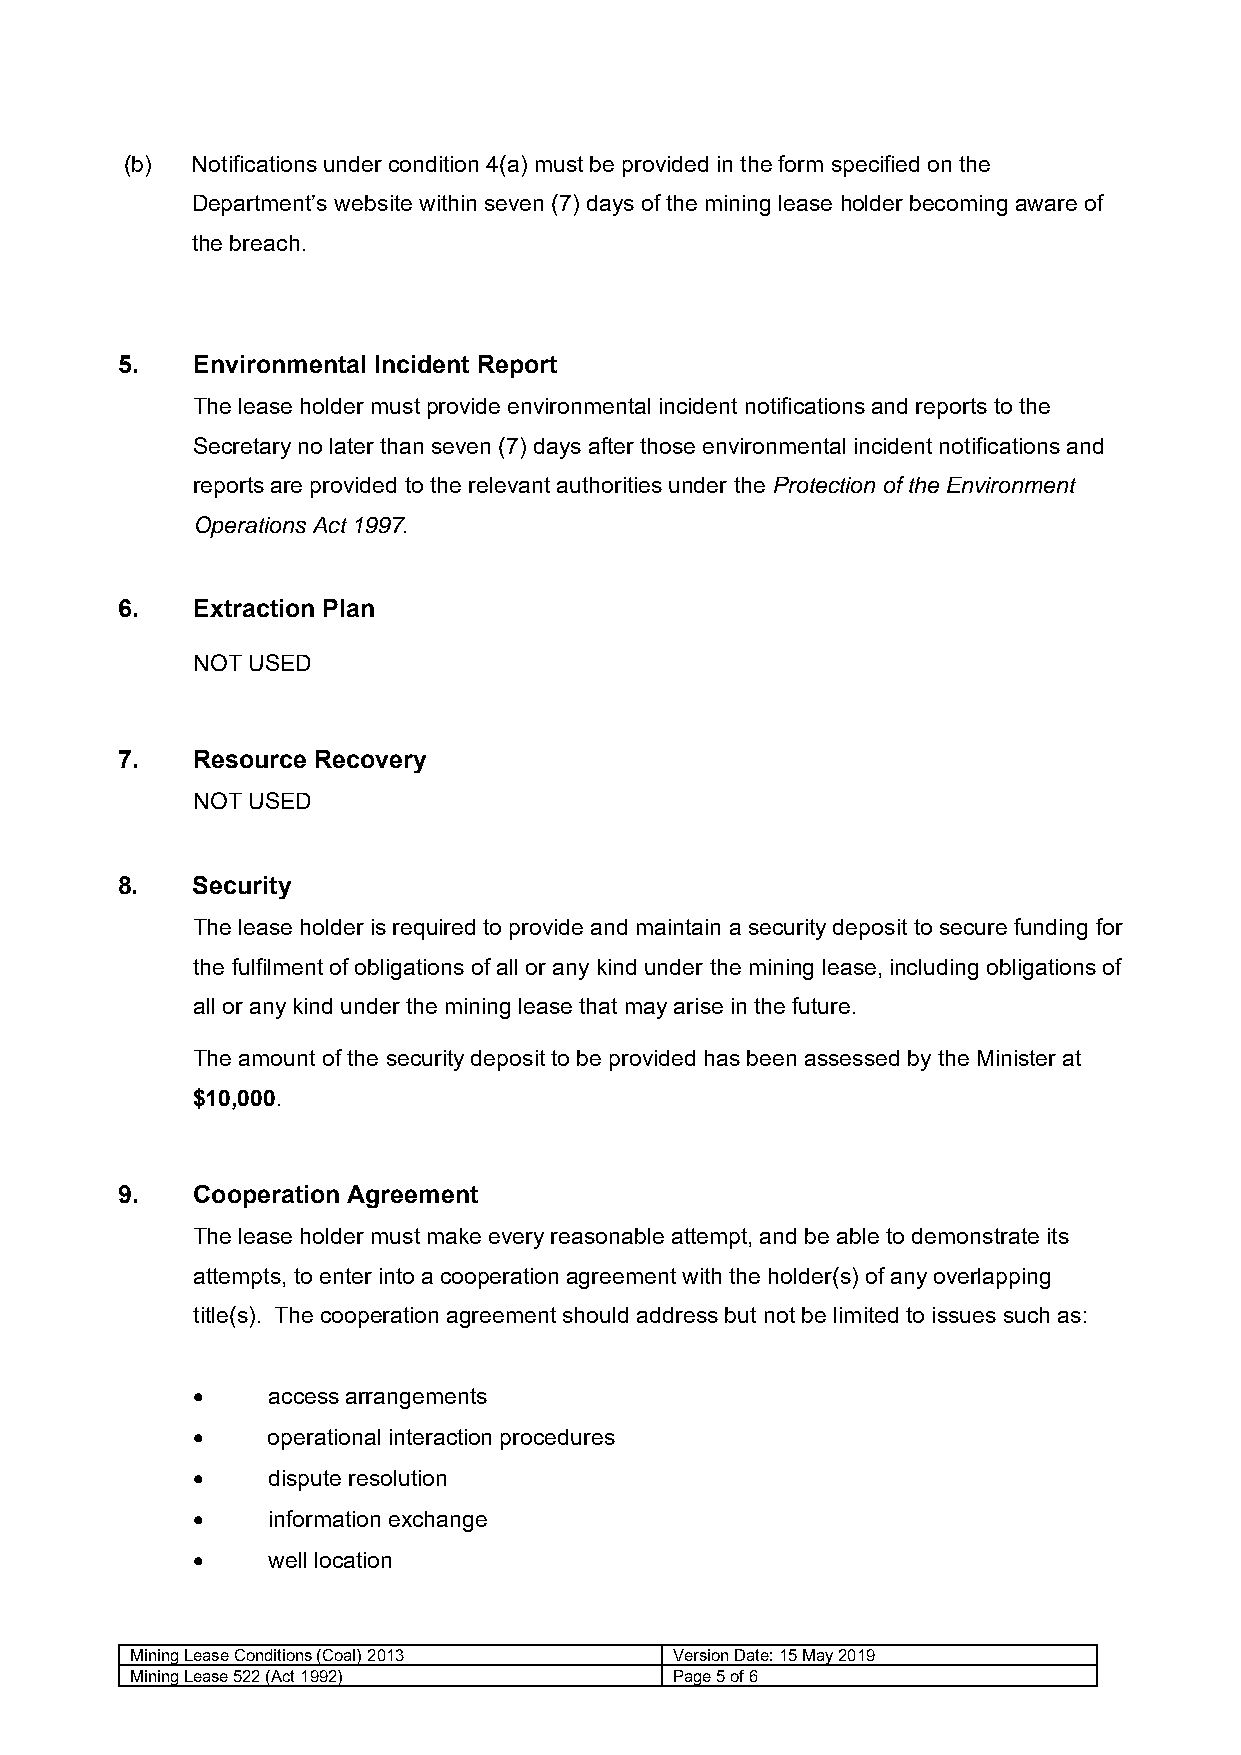
(b)  Notifications under condition 4(a) must be provided in the form specified on the
 Department’s website within seven (7) days of the mining lease holder becoming aware of
 the breach.
 5.   Environmental Incident Report
 The lease holder must provide environmental incident notifications and reports to the
 Secretary no later than seven (7) days after those environmental incident notifications and
 reports are provided to the relevant authorities under the Protection of the Environment
 Operations Act 1997.
 6.   Extraction Plan
 NOT USED
 7.   Resource Recovery
 NOT USED
 8.   Security
 The lease holder is required to provide and maintain a security deposit to secure funding for
 the fulfilment of obligations of all or any kind under the mining lease, including obligations of
 all or any kind under the mining lease that may arise in the future.
 The amount of the security deposit to be provided has been assessed by the Minister at
 $10,000.
 9.   Cooperation Agreement
 The lease holder must make every reasonable attempt, and be able to demonstrate its
 attempts, to enter into a cooperation agreement with the holder(s) of any overlapping
 title(s). The cooperation agreement should address but not be limited to issues such as:
     access arrangements
     operational interaction procedures
     dispute resolution
     information exchange
     well location
 Mining Lease Conditions (Coal) 2013 Version Date: 15 May 2019
 Mining Lease 522 (Act 1992)         Page 5of 6